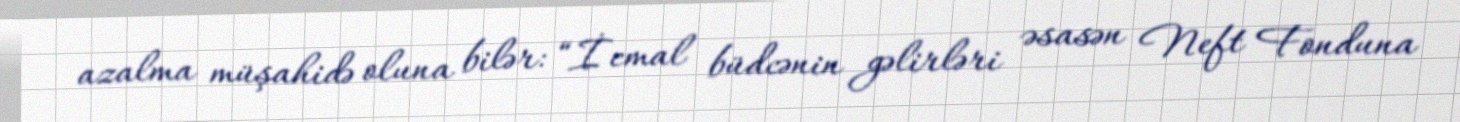
azalma müşahidə oluna bilər: “İcmal büdcənin gəlirləri əsasən Neft Fonduna